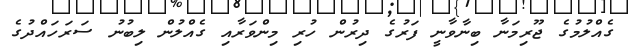
ގެއްލުމުގެ ޖޫރިމަނާ ބިނާވާނީ ފަރުގެ ދިރުން ހުރި މިންވަރާއި ގެއްލުން ލިބުނު ސަރަހައްދުގެ